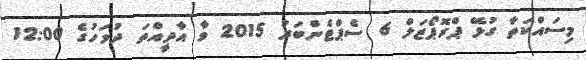
މިސައްކަތާ ގުޅޭ ޕްރޮޕޯޒަލް 6 ސެޕްޓެންބަރު 2015 ވާ އާދީއްތަ ދުވަހުގެ 12:00